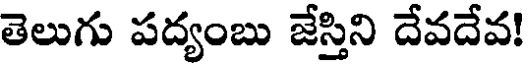
తెలుగు పద్యంబు జేస్తిని దేవదేవ!